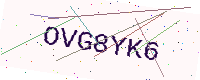
Text: OVG8YK6